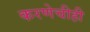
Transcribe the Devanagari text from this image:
करणेचीही